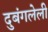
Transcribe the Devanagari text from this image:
दुबंगलेली